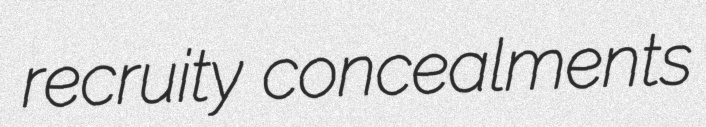
recruity concealments